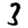
Digit: 3